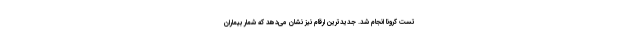
تست کرونا انجام شد. جدیدترین ارقام نیز نشان می‌دهد که شمار بیماران